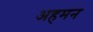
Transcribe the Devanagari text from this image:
अहमन